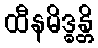
ထီနမိဒ္ဓန္တိ